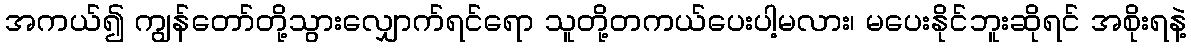
အကယ်၍ ကျွန်တော်တို့သွားလျှောက်ရင်ရော သူတို့တကယ်ပေးပါ့မလား၊ မပေးနိုင်ဘူးဆိုရင် အစိုးရနဲ့